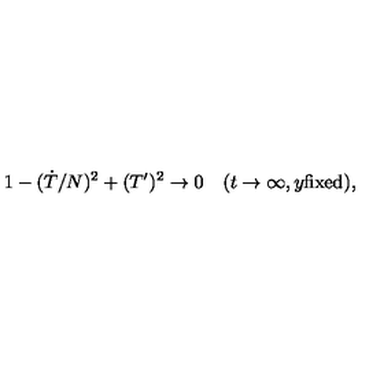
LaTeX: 1 - ( \dot { T } / N ) ^ { 2 } + ( T ^ { \prime } ) ^ { 2 } \to 0 \quad ( t \to \infty , y \mathrm { f i x e d } ) ,